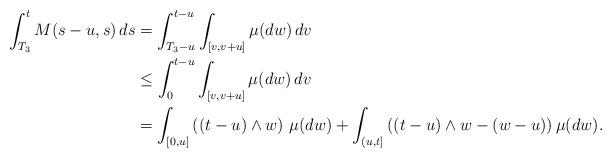
LaTeX: \begin{align*}\int_{T_3}^t M(s-u,s)\,ds&=\int_{T_3-u}^{t-u} \int_{[v,v+u]} \mu(dw)\,dv\\&\leq \int_{0}^{t-u} \int_{[v,v+u]} \mu(dw)\,dv\\&=\int_{[0,u]} \left( (t-u)\wedge w\right)\,\mu(dw) + \int_{(u,t]} \left( (t-u)\wedge w - (w-u)\right) \mu(dw).\end{align*}